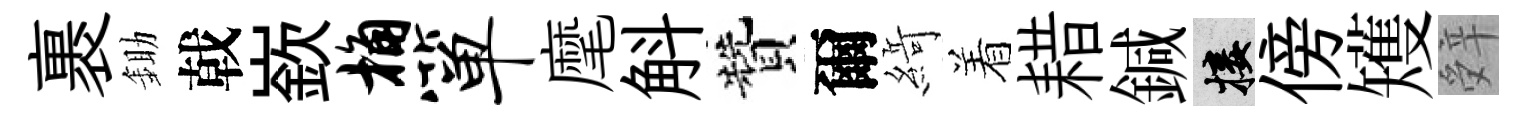
裹鋤戟嶔桷箪麾斛贊爾𦂶着耤鍼接傍矱辤